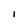
Character: l